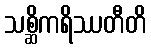
သစ္ဆိကရိဿတီတိ